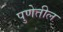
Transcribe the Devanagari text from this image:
पुणेतील